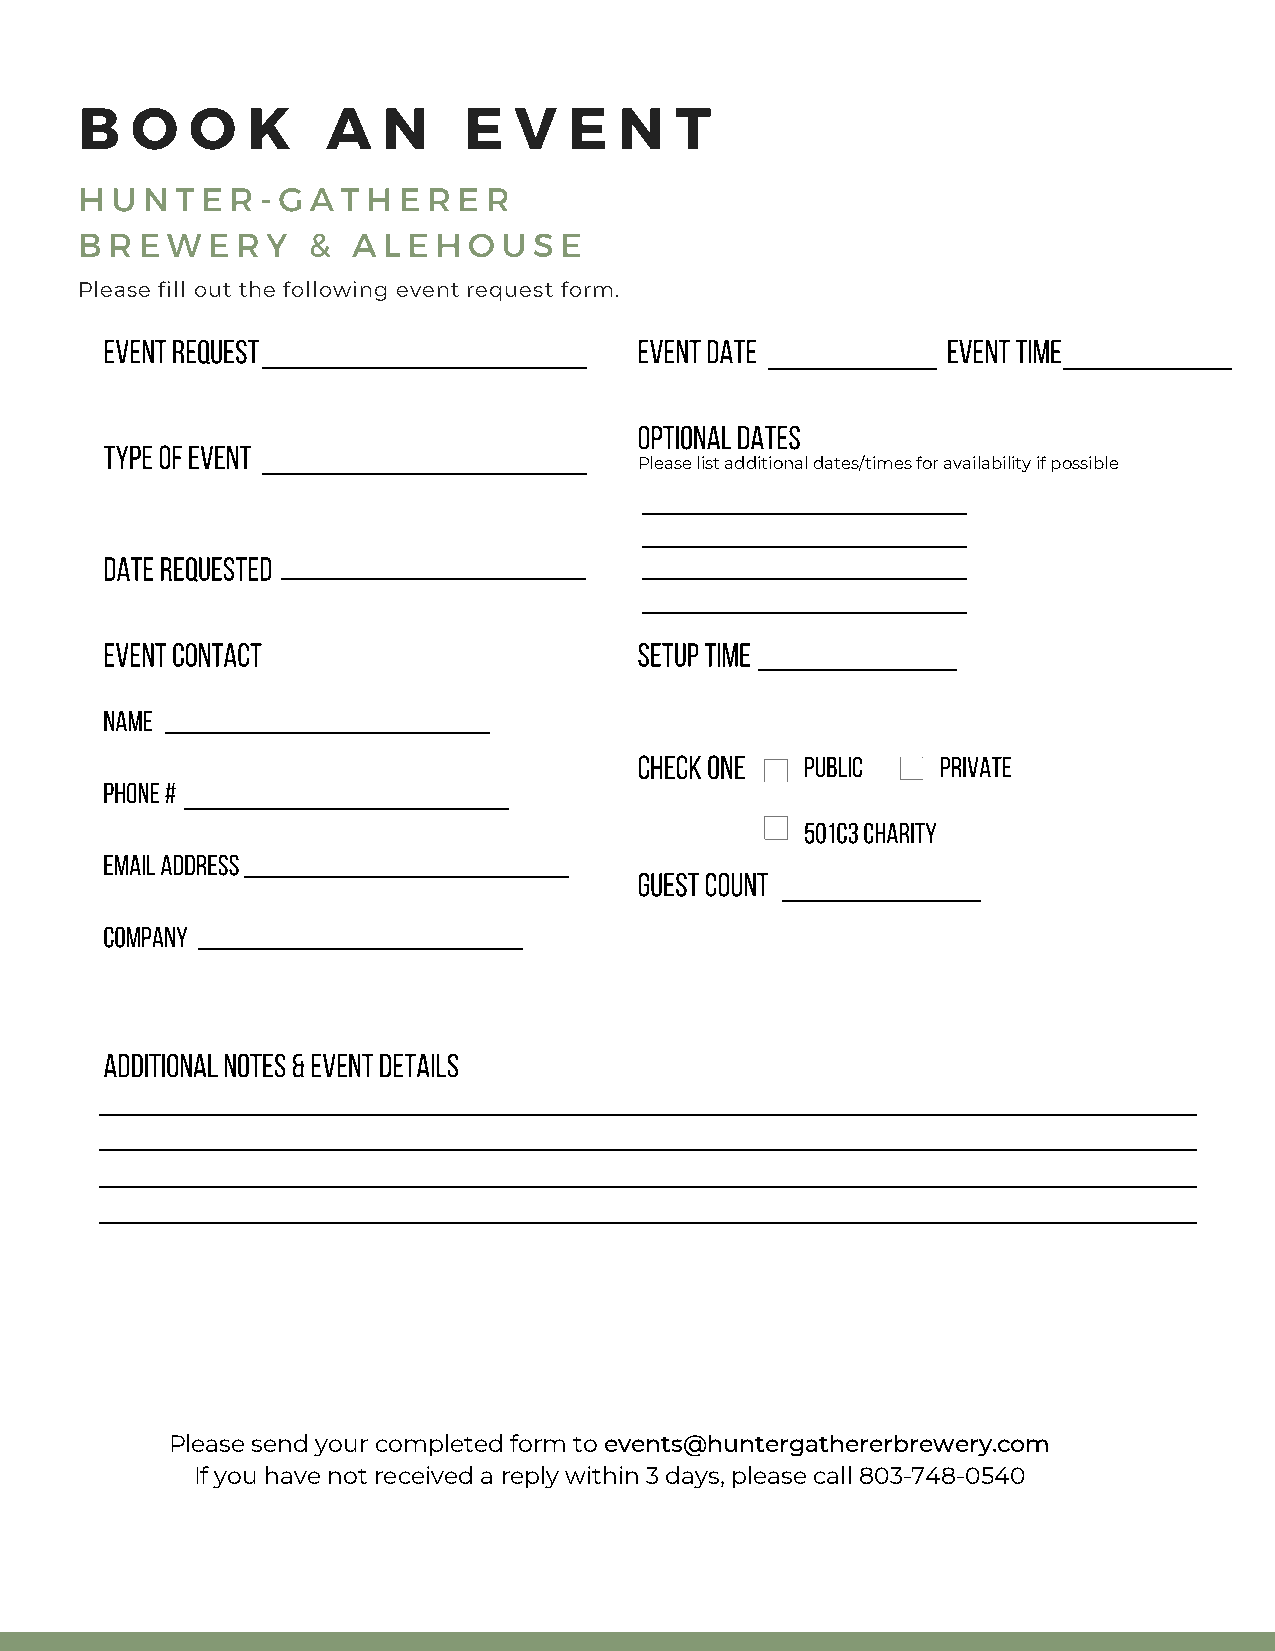
B   O   O  K     A  N     E  V   E  N   T
 H U N  T E R - G A T H E R E R
 B R E W  E R Y &  A L E H O U S E
 Please fill out the following event request form.
 Event Request                      Event Date           Event Time
 optional dates
 Type of Event
 Please list additional dates/times for availability if possible
 Date Requested
 Event Contact                      Setup Time
 Name
 Check one  Public   Private
 Phone #
 501c3 charity
 Email Address
 guest count
 Company
 AdditionaL Notes & Event details
 Please send your completed form to events@huntergathererbrewery.com
 If you have not received a reply within 3 days, please call 803-748-0540